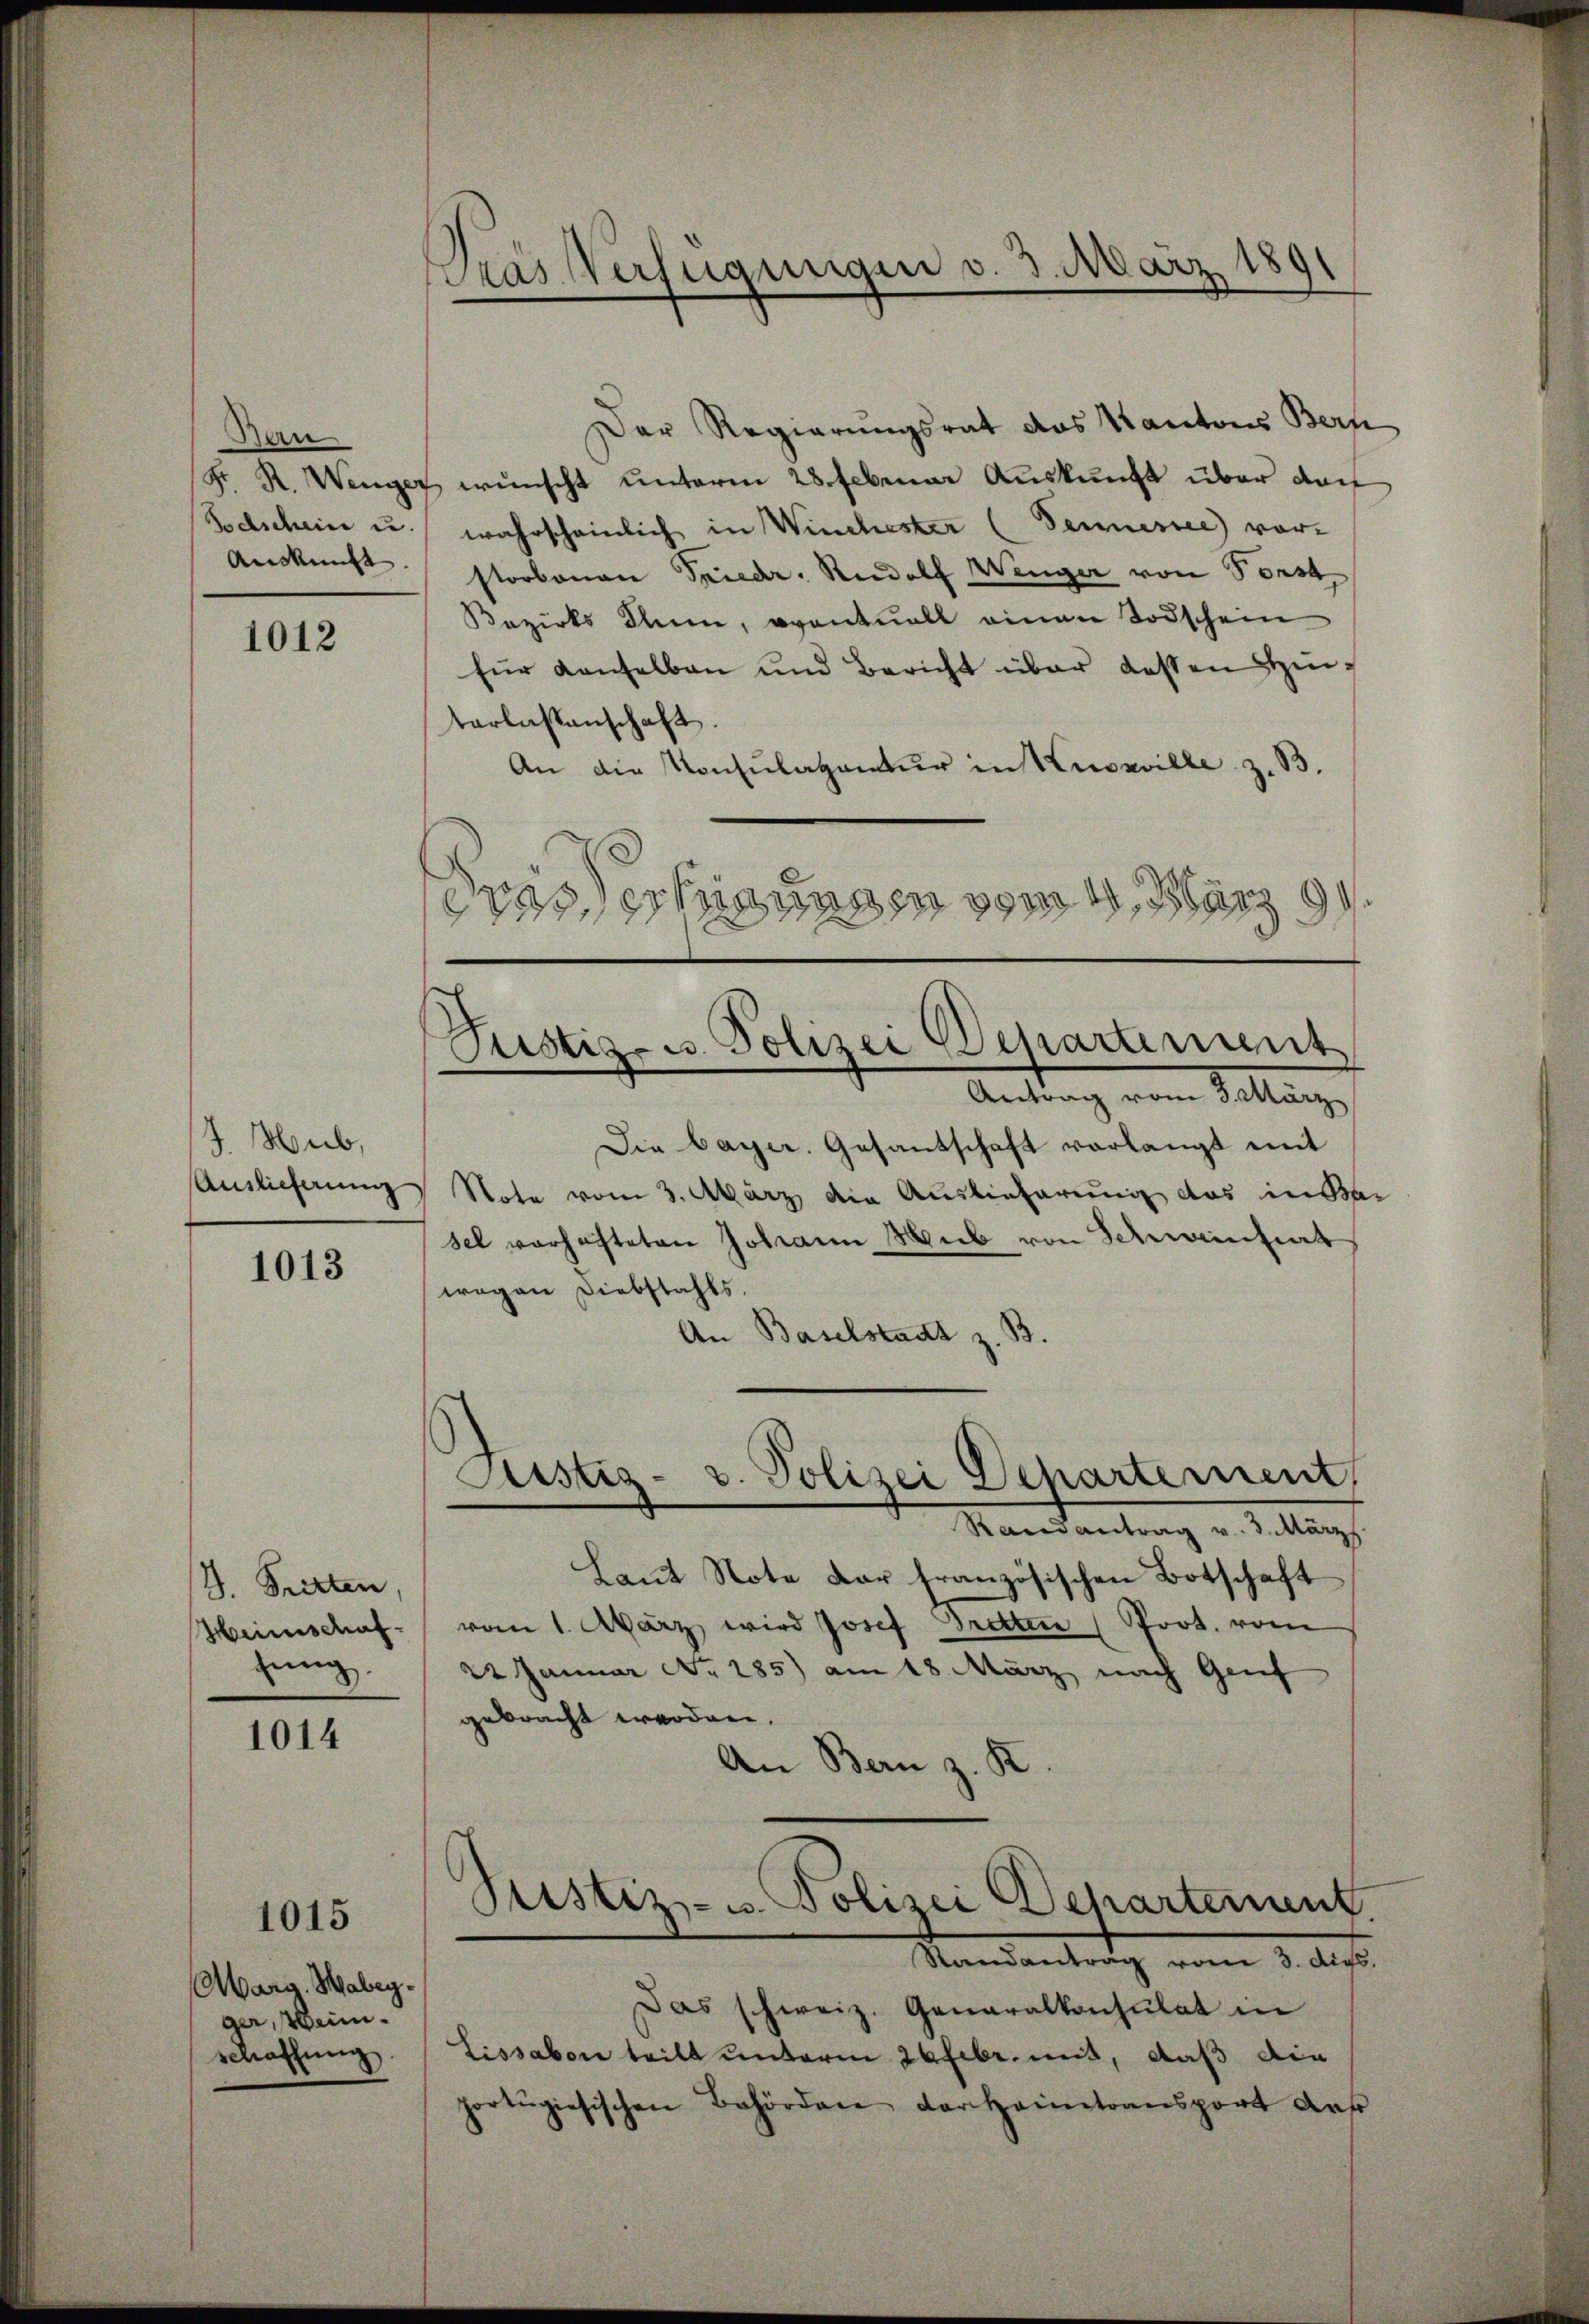
Ban

1012

J. Hub,
Auslieferung

1013

V. Tritten.
Heimschaf
zung

1014

1015

arg, Wabegger, Weinschaffung.

Krasserfügungen v. 3. März 189

Der Regierungsrat das Kantons Bern-
Fr. R. Wenger wünscht ŭnterm 28. Februar Aŭskŭnft über darf
Todscheine u. wahrscheinlich in Winchester (Sennersee vor¬
Auskunft storbenen Spiedr. Rudolf Wenger von Forst
Bezirks Ihnen, eventuell einen Todschein
für Konselbau und Bericht über dessen Hinterlassenschaft.
An die Konsulatantur in Kussville z. B.
drasserungen vom 4. März 194

Justiz- u. Polizei Departement

Justiz- v. Polizei Departement,
Mansantrag v. J. ang

Antrag von Sitteng
Die bayer. Gesantschaft verlangt mit
Note vom 3. März die Auslieferung das in das
sel vorhafteten Johann ab von Schwainziat
wegen Diebstahls.
An Baselstadt z. B.
Laŭt Note der französischen Botschaft
vom 1. März wird Josef Bretten (Prot. vom
22 Januar No. 285) am 18. März nach Genf
gebracht werden.
An Bern z. K
Sistiz- u. Polizei Departement
Randantrag vom 3. dies
Das schweiz. Generalkonsulat in
Lissabon teilt unterm 26 Febr. mit, daß die
portugisischen Behörden darantransport der